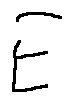
E